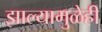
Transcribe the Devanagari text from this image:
झाल्यामुळेही